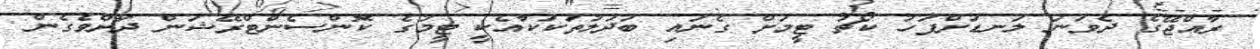
ރާއްޖޭގެ ދެވަނަ ލަނޑަށްފަހު ކޯޗު ޓީމަށް ގެނައި ބަދަލުތަކަކާއެކީ ޓީމުގެ ކޮންސެންޓްރޭޝަން ދަށްވެގެން